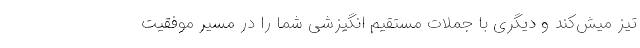
تیز میش‌کند و دیگری با جملات مستقیم انگیزشی شما را در مسیر موفقیت